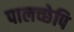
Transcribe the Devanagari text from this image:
पालच्छेपि